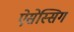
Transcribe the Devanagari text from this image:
ऐसेस्सिग